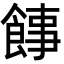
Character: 䭄